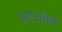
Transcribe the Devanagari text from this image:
आओबा